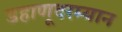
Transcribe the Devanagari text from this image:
डहाणूदरम्यान